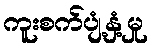
ကူးစက်ပျံ့နှံ့မှု